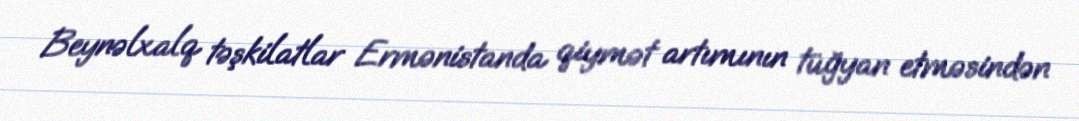
Beynəlxalq təşkilatlar Ermənistanda qiymət artımının tüğyan etməsindən